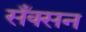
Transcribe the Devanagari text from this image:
सँक्सन